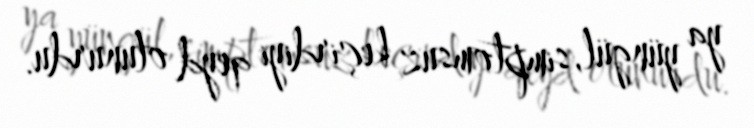
ya yüngül, simptomsuz keçirdiyi qeyd olunurdu.